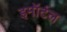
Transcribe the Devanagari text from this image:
इमॉर्टल